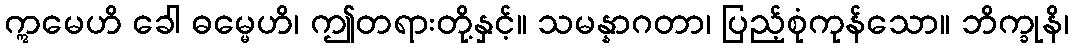
ဣမေဟိ ခေါ ဓမ္မေဟိ၊ ဤတရားတို့နှင့်။ သမန္နာဂတာ၊ ပြည့်စုံကုန်သော။ ဘိက္ခုနိ၊